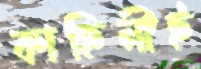
কাহিনীই